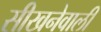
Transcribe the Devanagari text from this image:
सीखनेवाली